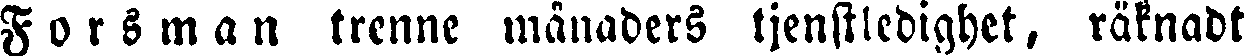
Forsman trenne månaders tjenstledighet, räknadt